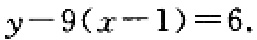
$y - 9(x - 1)=6.$